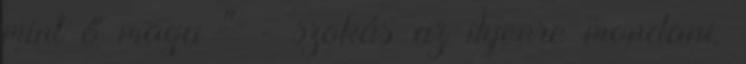
mint ő maga " - szokás az ilyenre mondani.